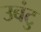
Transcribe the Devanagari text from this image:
उबंटु